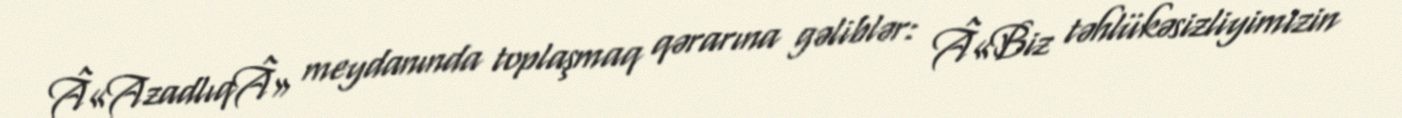
Â«AzadlıqÂ» meydanında toplaşmaq qərarına gəliblər: Â«Biz təhlükəsizliyimizin